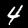
Digit: 4